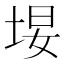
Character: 𪣚